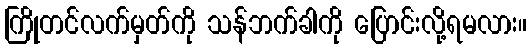
ကြိုတင်လက်မှတ်ကို သန်ဘက်ခါကို ပြောင်းလို့ရမလား။